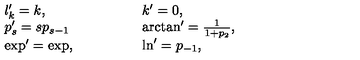
\begin{array} { l l } { l _ { k } ^ { \prime } = k , } & { \qquad \qquad k ^ { \prime } = 0 , } \\ { p _ { s } ^ { \prime } = s p _ { s - 1 } } & { \qquad \qquad \arctan ^ { \prime } = \frac { 1 } { 1 + p _ { 2 } } , } \\ { \exp ^ { \prime } = \exp , } & { \qquad \qquad \ln ^ { \prime } = p _ { - 1 } , } \\ \end{array}